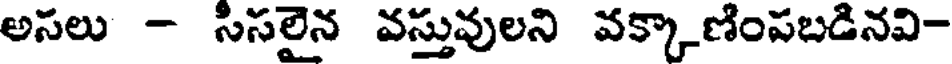
అసలు - సిసలైన వస్తువులని వక్కాణింపబడినవి-